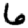
Digit: 6